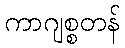
ကာဂျစ္စတန်